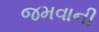
જમવાની